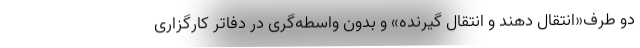
دو طرف«انتقال دهند و انتقال گیرنده» و بدون واسطه‌گری در دفاتر کارگزاری